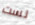
لست